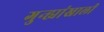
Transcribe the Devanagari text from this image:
गुन्ह्यांखाली